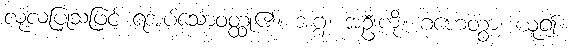
လုံ့လပြုသဖြင့် ရအပ်သောဝတ္ထု၏။ အဂ္ဂံ၊ အဦးကို။ ဂဟေတွာ၊ ယူ၍။